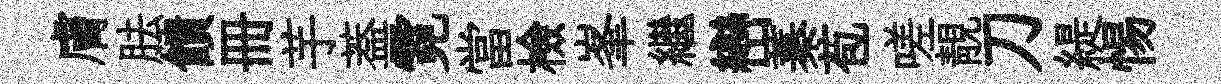
膚胠饋册芋葢霓當檢峯繼巒蓁苞嗟靚刀緹惕